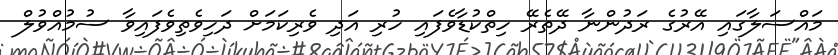
މައްސަލާގައި އޭރުގެ ރަދުންނާ ދޭތެރޭ ހިތްކުޑާވެފައި ހުރި އަދި ވެރިކަމަށް ދަހިވެތިވެފައިވާ ސުމުއްވުލް